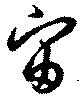
宙